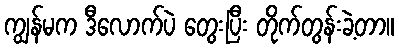
ကျွန်မက ဒီလောက်ပဲ တွေးပြီး တိုက်တွန်းခဲ့တာ။